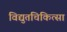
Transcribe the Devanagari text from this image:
विद्युतचिकित्सा